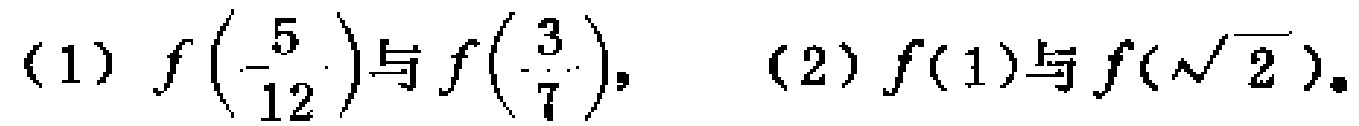
(1) \(f\left(-\frac{5}{12}\right)\)与\(f\left(-\frac{3}{7}\right)\)，(2) \(f(1)\)与\(f(\sqrt{2})\)。